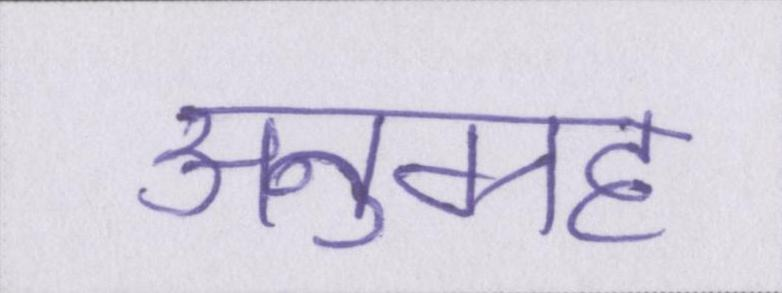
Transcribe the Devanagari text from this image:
अनुग्रह